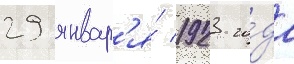
29 январ'я́ 1923 го́да